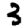
Digit: 3